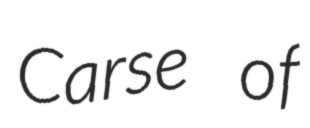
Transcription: Carse of